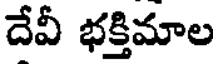
దేవీ భక్తిమాల